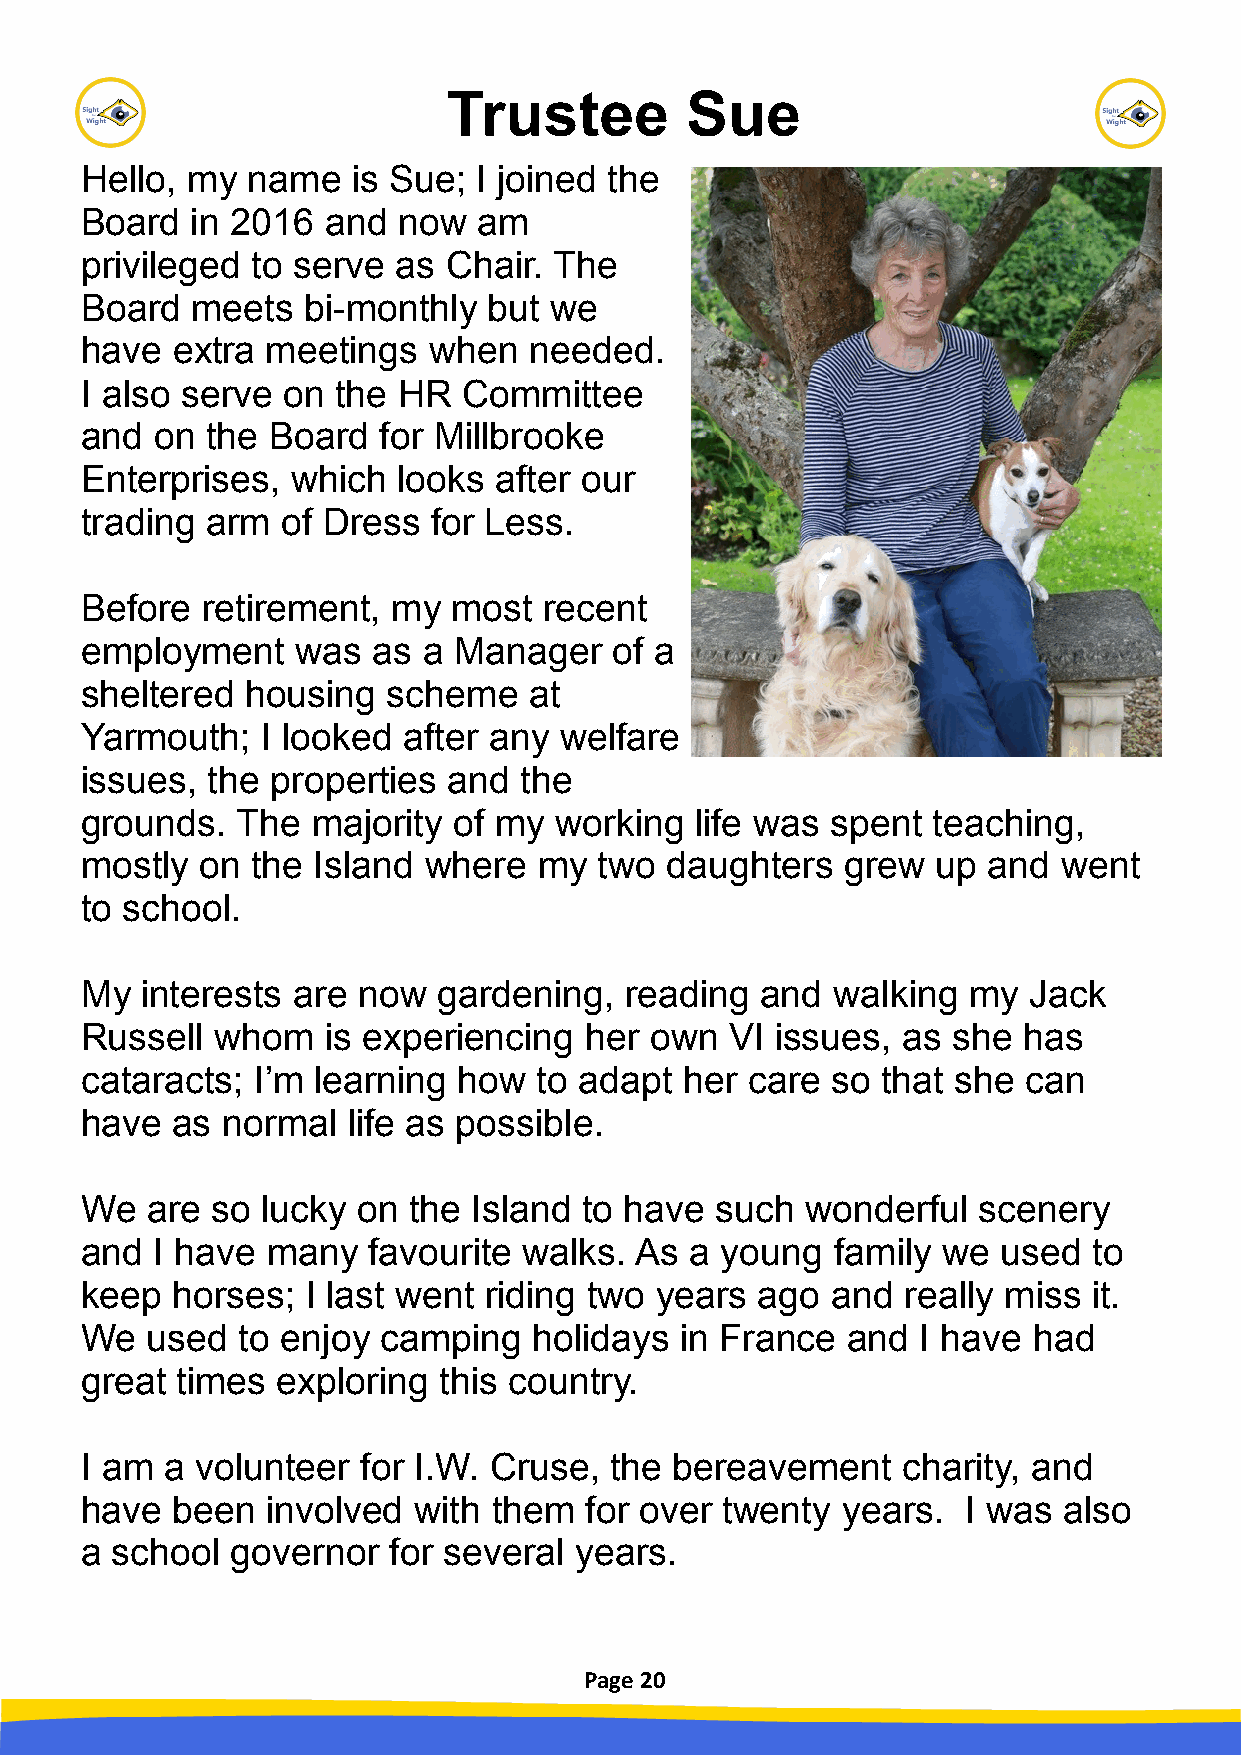
Trustee        Sue
 Hello, my  name   is Sue;  I joined the
 Board   in 2016  and now   am
 privileged  to serve as  Chair. The
 Board   meets  bi-monthly  but we
 have  extra  meetings  when   needed.
 I also serve  on the HR   Committee
 and  on  the Board  for Millbrooke
 Enterprises,  which  looks  after our
 trading  arm  of Dress  for Less.
 Before  retirement,  my  most  recent
 employment     was  as a Manager    of a
 sheltered  housing   scheme   at
 Yarmouth;   I looked  after any welfare
 issues,  the properties  and the
 grounds.   The  majority of my  working  life was spent  teaching,
 mostly  on  the Island where   my  two daughters   grew  up and  went
 to school.
 My  interests are  now  gardening,  reading  and  walking  my  Jack
 Russell  whom   is experiencing   her own  VI issues,  as she  has
 cataracts;  I’m learning how   to adapt her  care so that she  can
 have  as  normal  life as possible.
 We   are so lucky  on the Island  to have such  wonderful   scenery
 and  I have  many  favourite  walks. As  a young  family we  used  to
 keep  horses;  I last went riding two years  ago  and  really miss it.
 We   used  to enjoy camping   holidays  in France  and  I have had
 great  times exploring  this country.
 I am  a volunteer  for I.W. Cruse, the  bereavement    charity, and
 have  been   involved with  them  for over twenty  years.  I was also
 a school  governor   for several years.
 Page 20